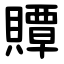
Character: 贉